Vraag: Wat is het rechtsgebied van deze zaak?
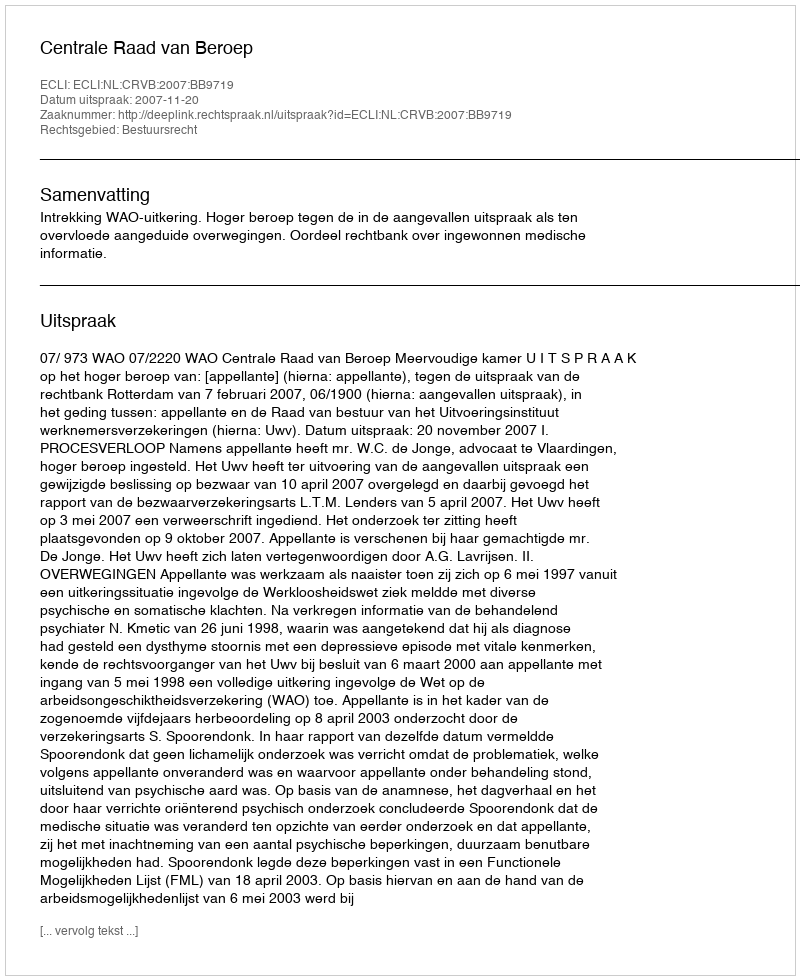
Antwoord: Bestuursrecht